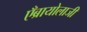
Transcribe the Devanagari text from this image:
एँब्रायोलाजी